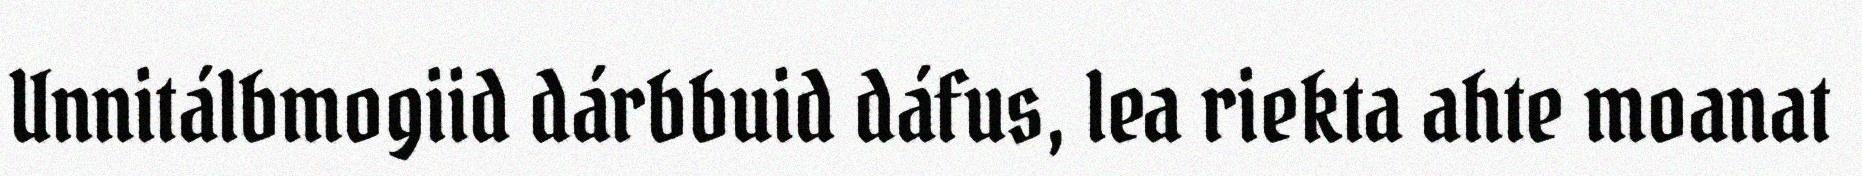
Unnitálbmogiid dárbbuid dáfus, lea riekta ahte moanat